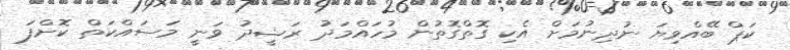
ކަޕް ބޭއްވިޔަ ނުދިނުމަށް އެކި ގޮތްގޮތުން މުހައްމަދު ރަޝީދު ވަނީ މަސައްކަތް ކޮށްފަ